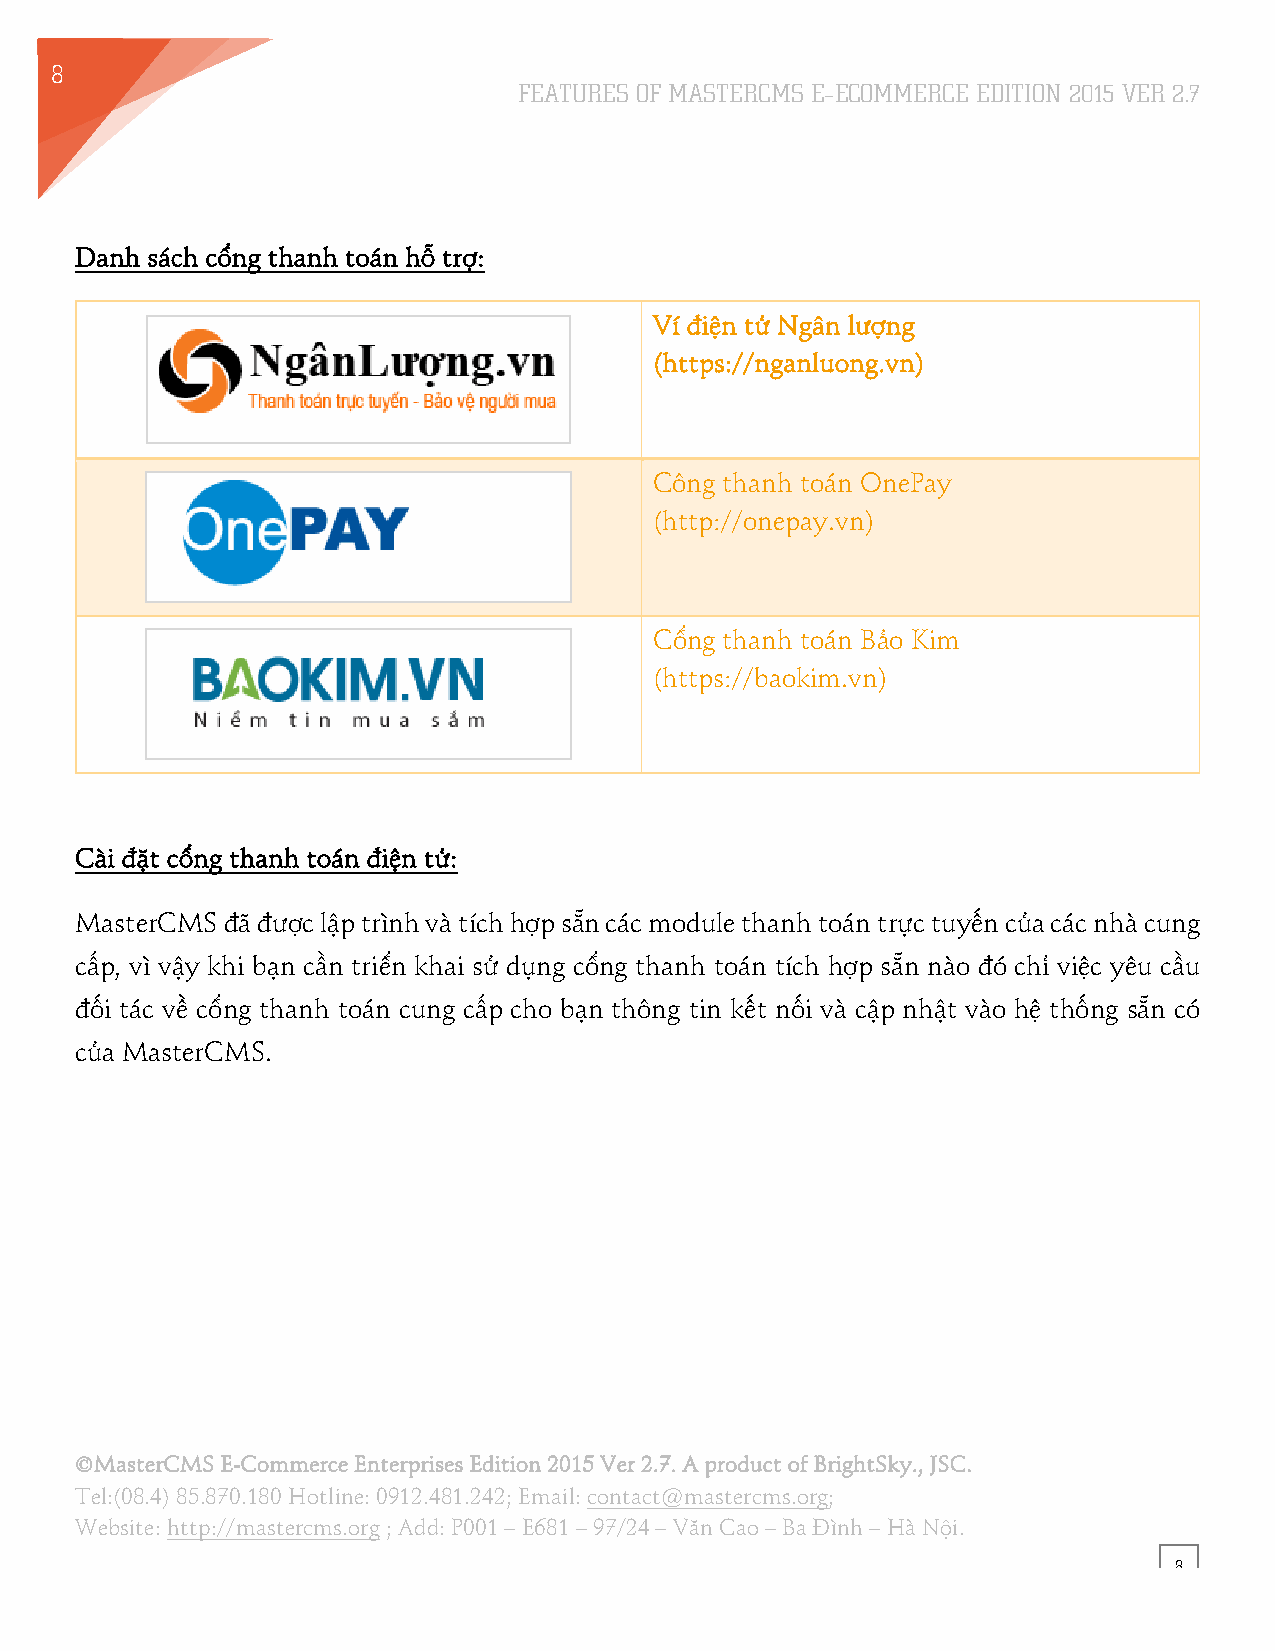
8
 FEATURES OF MASTERCMS E–ECOMMERCE EDITION 2015 VER 2.7
 6
 Danh sách cổng thanh toán hỗ trợ:
 Ví điện tử Ngân lượng
 (https://nganluong.vn)
 Công thanh toán OnePay
 (http://onepay.vn)
 Cổng thanh toán Bảo Kim
 (https://baokim.vn)
 Cài đặt cổng thanh toán điện tử:
 MasterCMS đã được lập trình và tích hợp sẵn các module thanh toán trực tuyến của các nhà cung
 cấp, vì vậy khi bạn cần triển khai sử dụng cổng thanh toán tích hợp sẵn nào đó chỉ việc yêu cầu
 đối tác về cổng thanh toán cung cấp cho bạn thông tin kết nối và cập nhật vào hệ thống sẵn có
 của MasterCMS.
 ©MasterCMS E-Commerce Enterprises Edition 2015 Ver 2.7. A product of BrightSky., JSC.
 Tel:(08.4) 85.870.180 Hotline: 0912.481.242; Email: contact@mastercms.org;
 Website: http://mastercms.org ; Add: P001 – E681 – 97/24 – Văn Cao – Ba Đình – Hà Nội.
 8